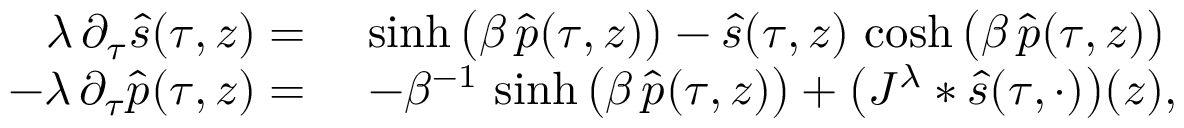
\begin{array} { r l } { \lambda \, \partial _ { \tau } \hat { s } ( \tau , z ) = } & { \ \sinh \big ( \beta \, \hat { p } ( \tau , z ) \big ) - \hat { s } ( \tau , z ) \, \cosh \big ( \beta \, \hat { p } ( \tau , z ) \big ) } \\ { - \lambda \, \partial _ { \tau } \hat { p } ( \tau , z ) = } & { \ - \beta ^ { - 1 } \, \sinh \big ( \beta \, \hat { p } ( \tau , z ) \big ) + \big ( J ^ { \lambda } * \hat { s } ( \tau , \cdot ) \big ) ( z ) , } \end{array}